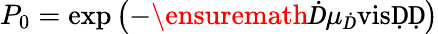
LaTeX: P_{0}=\exp\left(-\ensuremath Ḋ\mu_{Ḋ}\mathrm{visḌḌ}\right)